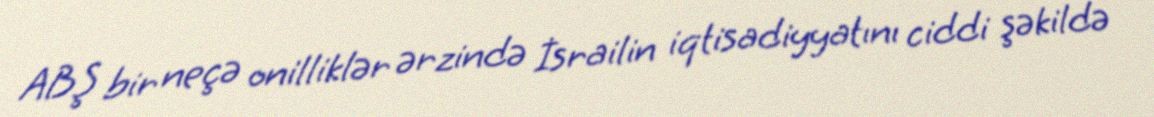
ABŞ bir neçə onilliklər ərzində İsrailin iqtisadiyyatını ciddi şəkildə